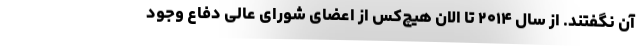
آن نگفتند. از سال ۲۰۱۴ تا الان هیچ‌کس از اعضای شورای عالی دفاع وجود